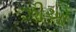
ઝીઓ